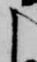
よ